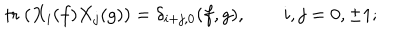
\mathrm { ~ t r ~ } ( X _ { i } ( f ) X _ { j } ( g ) ) = \delta _ { i + j , 0 } ( f , g ) , \qquad i , j = 0 , \pm 1 ;